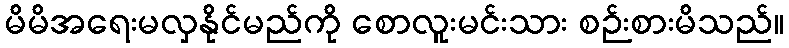
မိမိအရေးမလှနိုင်မည်ကို စောလူးမင်းသား စဉ်းစားမိသည်။